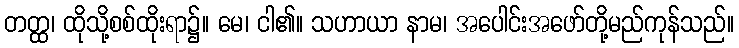
တတ္ထ၊ ထိုသို့စစ်ထိုးရာ၌။ မေ၊ ငါ၏။ သဟာယာ နာမ၊ အပေါင်းအဖော်တို့မည်ကုန်သည်။